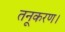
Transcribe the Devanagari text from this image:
तनूकरण।